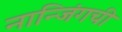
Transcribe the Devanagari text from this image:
नान्जिंगची